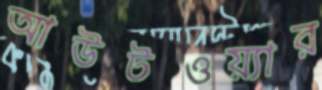
আউটওয়্যার